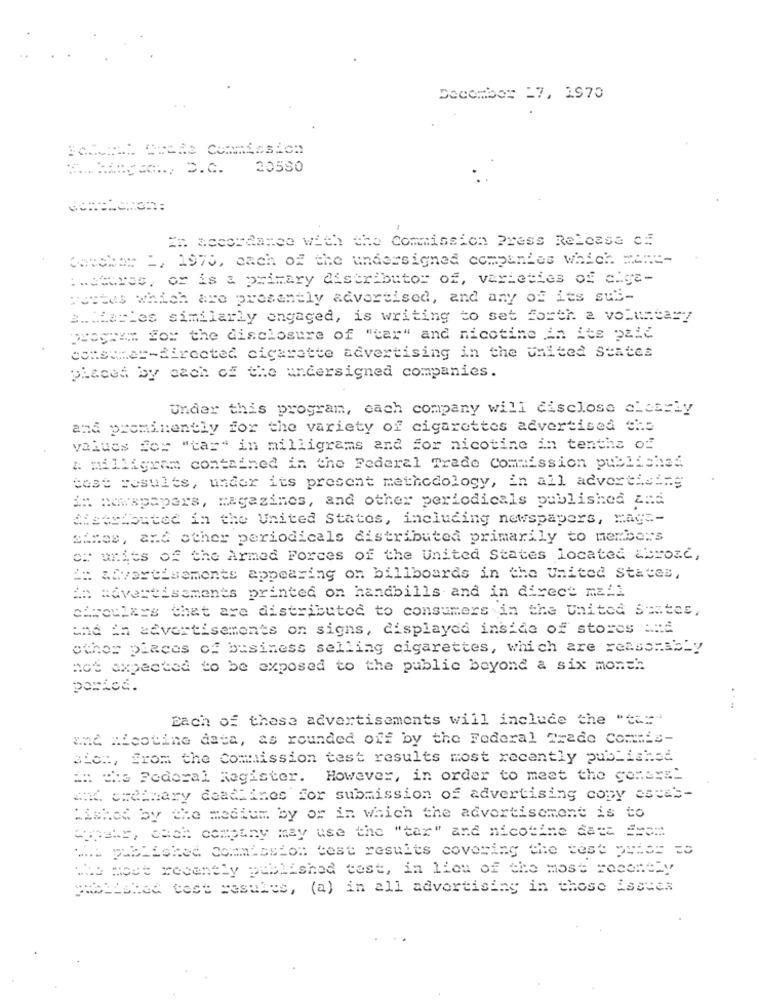
Docomber 17, 1970
======.., D.c.
20580
In accordance with the Commission Press Release ci
Carshar 1, 1970, each of the undersigned companies which ===-
:. ctures, or is a primary distributor of, varieties of cige-
postes which are presently advertised, and any of its sui-
a .. . harles similarly ongaged, is writing to set forth a voluntary
program for the disclosure of "car" and nicotine An its paid
consumer-directed cigarette advertising in the united States
placed by each of the undersigned companies.
Under this program, each company will disclose clearly
and prominently for the variety of cigarettes advertised the
values for "tar" in milligrams and for nicotine in tenths of
A milligram contained in the Federal Trade Commission published
test results, under its present methodology, in all advertising
in nowapapers, magazines, and other periodicals published an:d
distributed in the United States, including newspapers, maga-
simes, and other periodicals distributed primarily to members
of units of the Armed Forces of the United States located &broze,
': advertisements appearing on billboards in the United States,
An advertisements printed on handbills and in direct mail
circulars that are distributed to consumers in the United States,
und in advertisements on signs, displayed inside of stores and
other places of business selling cigarettes, which are reasonably
not expected to be exposed to the public beyond a six month
porica.
....
Each of these advertisements will include the "ta="
and ALootine data, as rounded off by the Federal Trade Commis-
siet, from the Commission test results most recently published
::: the Federal Register. However, in order to meet the general
and ordinary deadlines for submission of advertising copy escas-
"ished by the medium by or in which the advertisement is to
wypetr, cach company may use the "tar" and nicotine data ==== "
HE Published Commission test results covering the test peter so
150 most recently published test, in liou of the most recently
Polished cost resules, (a) in all advertising in those issues